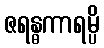
ဇရန္ဓကာရမ္ပိ